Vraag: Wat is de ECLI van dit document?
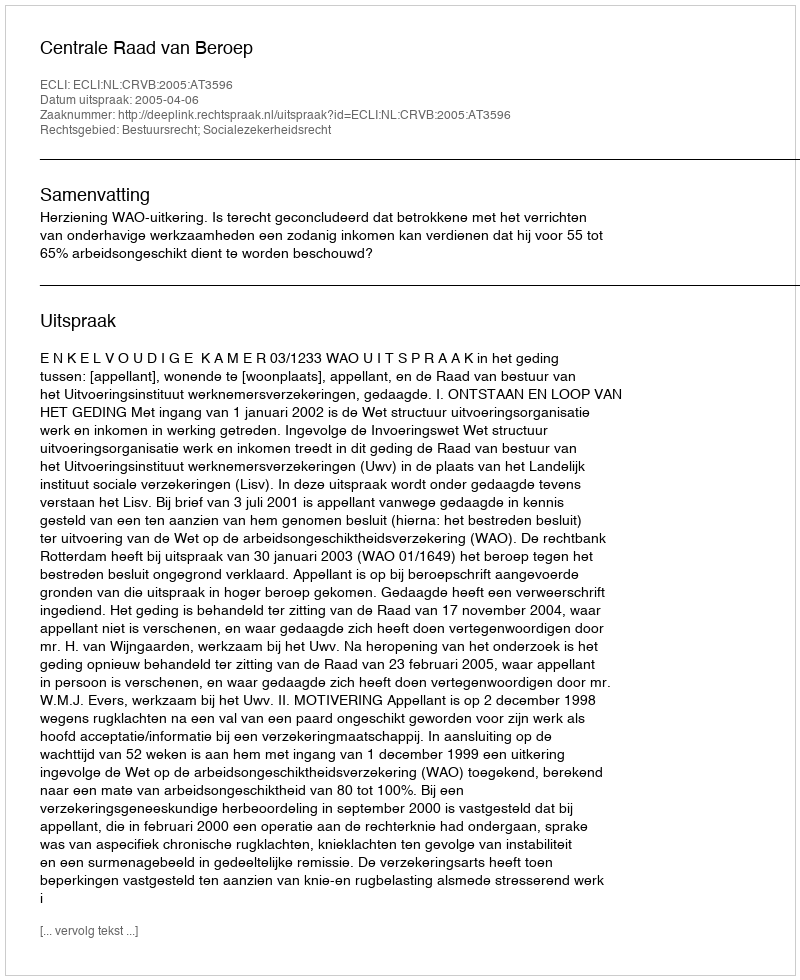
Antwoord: ECLI:NL:CRVB:2005:AT3596